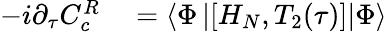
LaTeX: \begin{array}{rl}{-i{\partial_{\tau}C_{c}^{R}}}&{{}=\left<\Phi\left|\left[{H}_{N},T_{2}(\tau)\right]\right|\Phi\right>}\end{array}